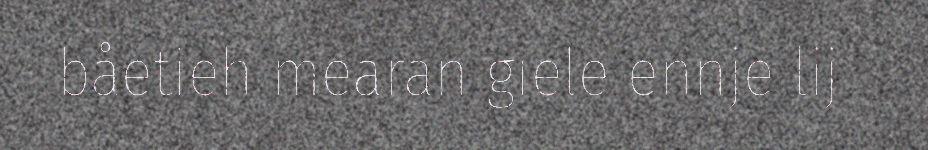
båetieh mearan giele ennje lij